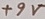
Text: +9V